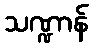
သဏ္ဍာန်